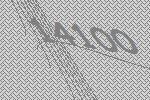
14100